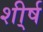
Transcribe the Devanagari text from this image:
शी्र्ष